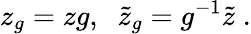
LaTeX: z_{g}=zg,\; \; \tilde{z}_{g}=g^{-1}\tilde{z}\; .